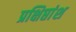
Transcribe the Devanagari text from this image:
प्रक्षिप्तांश